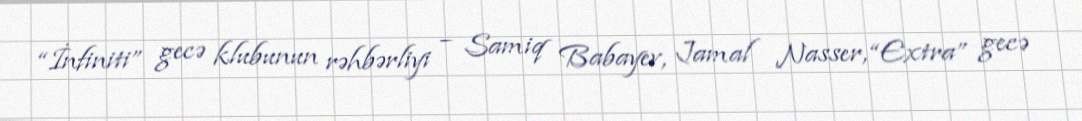
“İnfiniti” gecə klubunun rəhbərliyi – Samiq Babayev, Jamal Nasser, “Extra” gecə